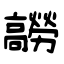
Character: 髝